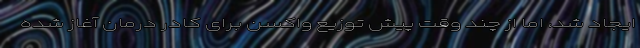
ایجاد شد، اما از چند وقت پیش توزیع واکسن برای کادر درمان آغاز شده